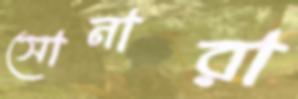
সোনারা